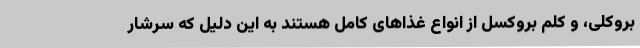
بروکلی، و کلم بروکسل از انواع غذاهای کامل هستند به این دلیل که سرشار